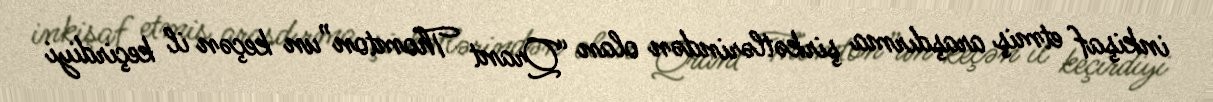
inkişaf etmiş araşdırma şirkətlərindən olan “Qrant Thomton”un keçən il keçirdiyi